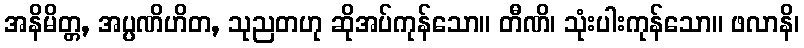
အနိမိတ္တ, အပ္ပဏိဟိတ, သုညတဟု ဆိုအပ်ကုန်သော။ တီဏိ၊ သုံးပါးကုန်သော။ ဖလာနိ၊